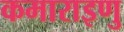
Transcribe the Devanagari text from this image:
कमाराइणु